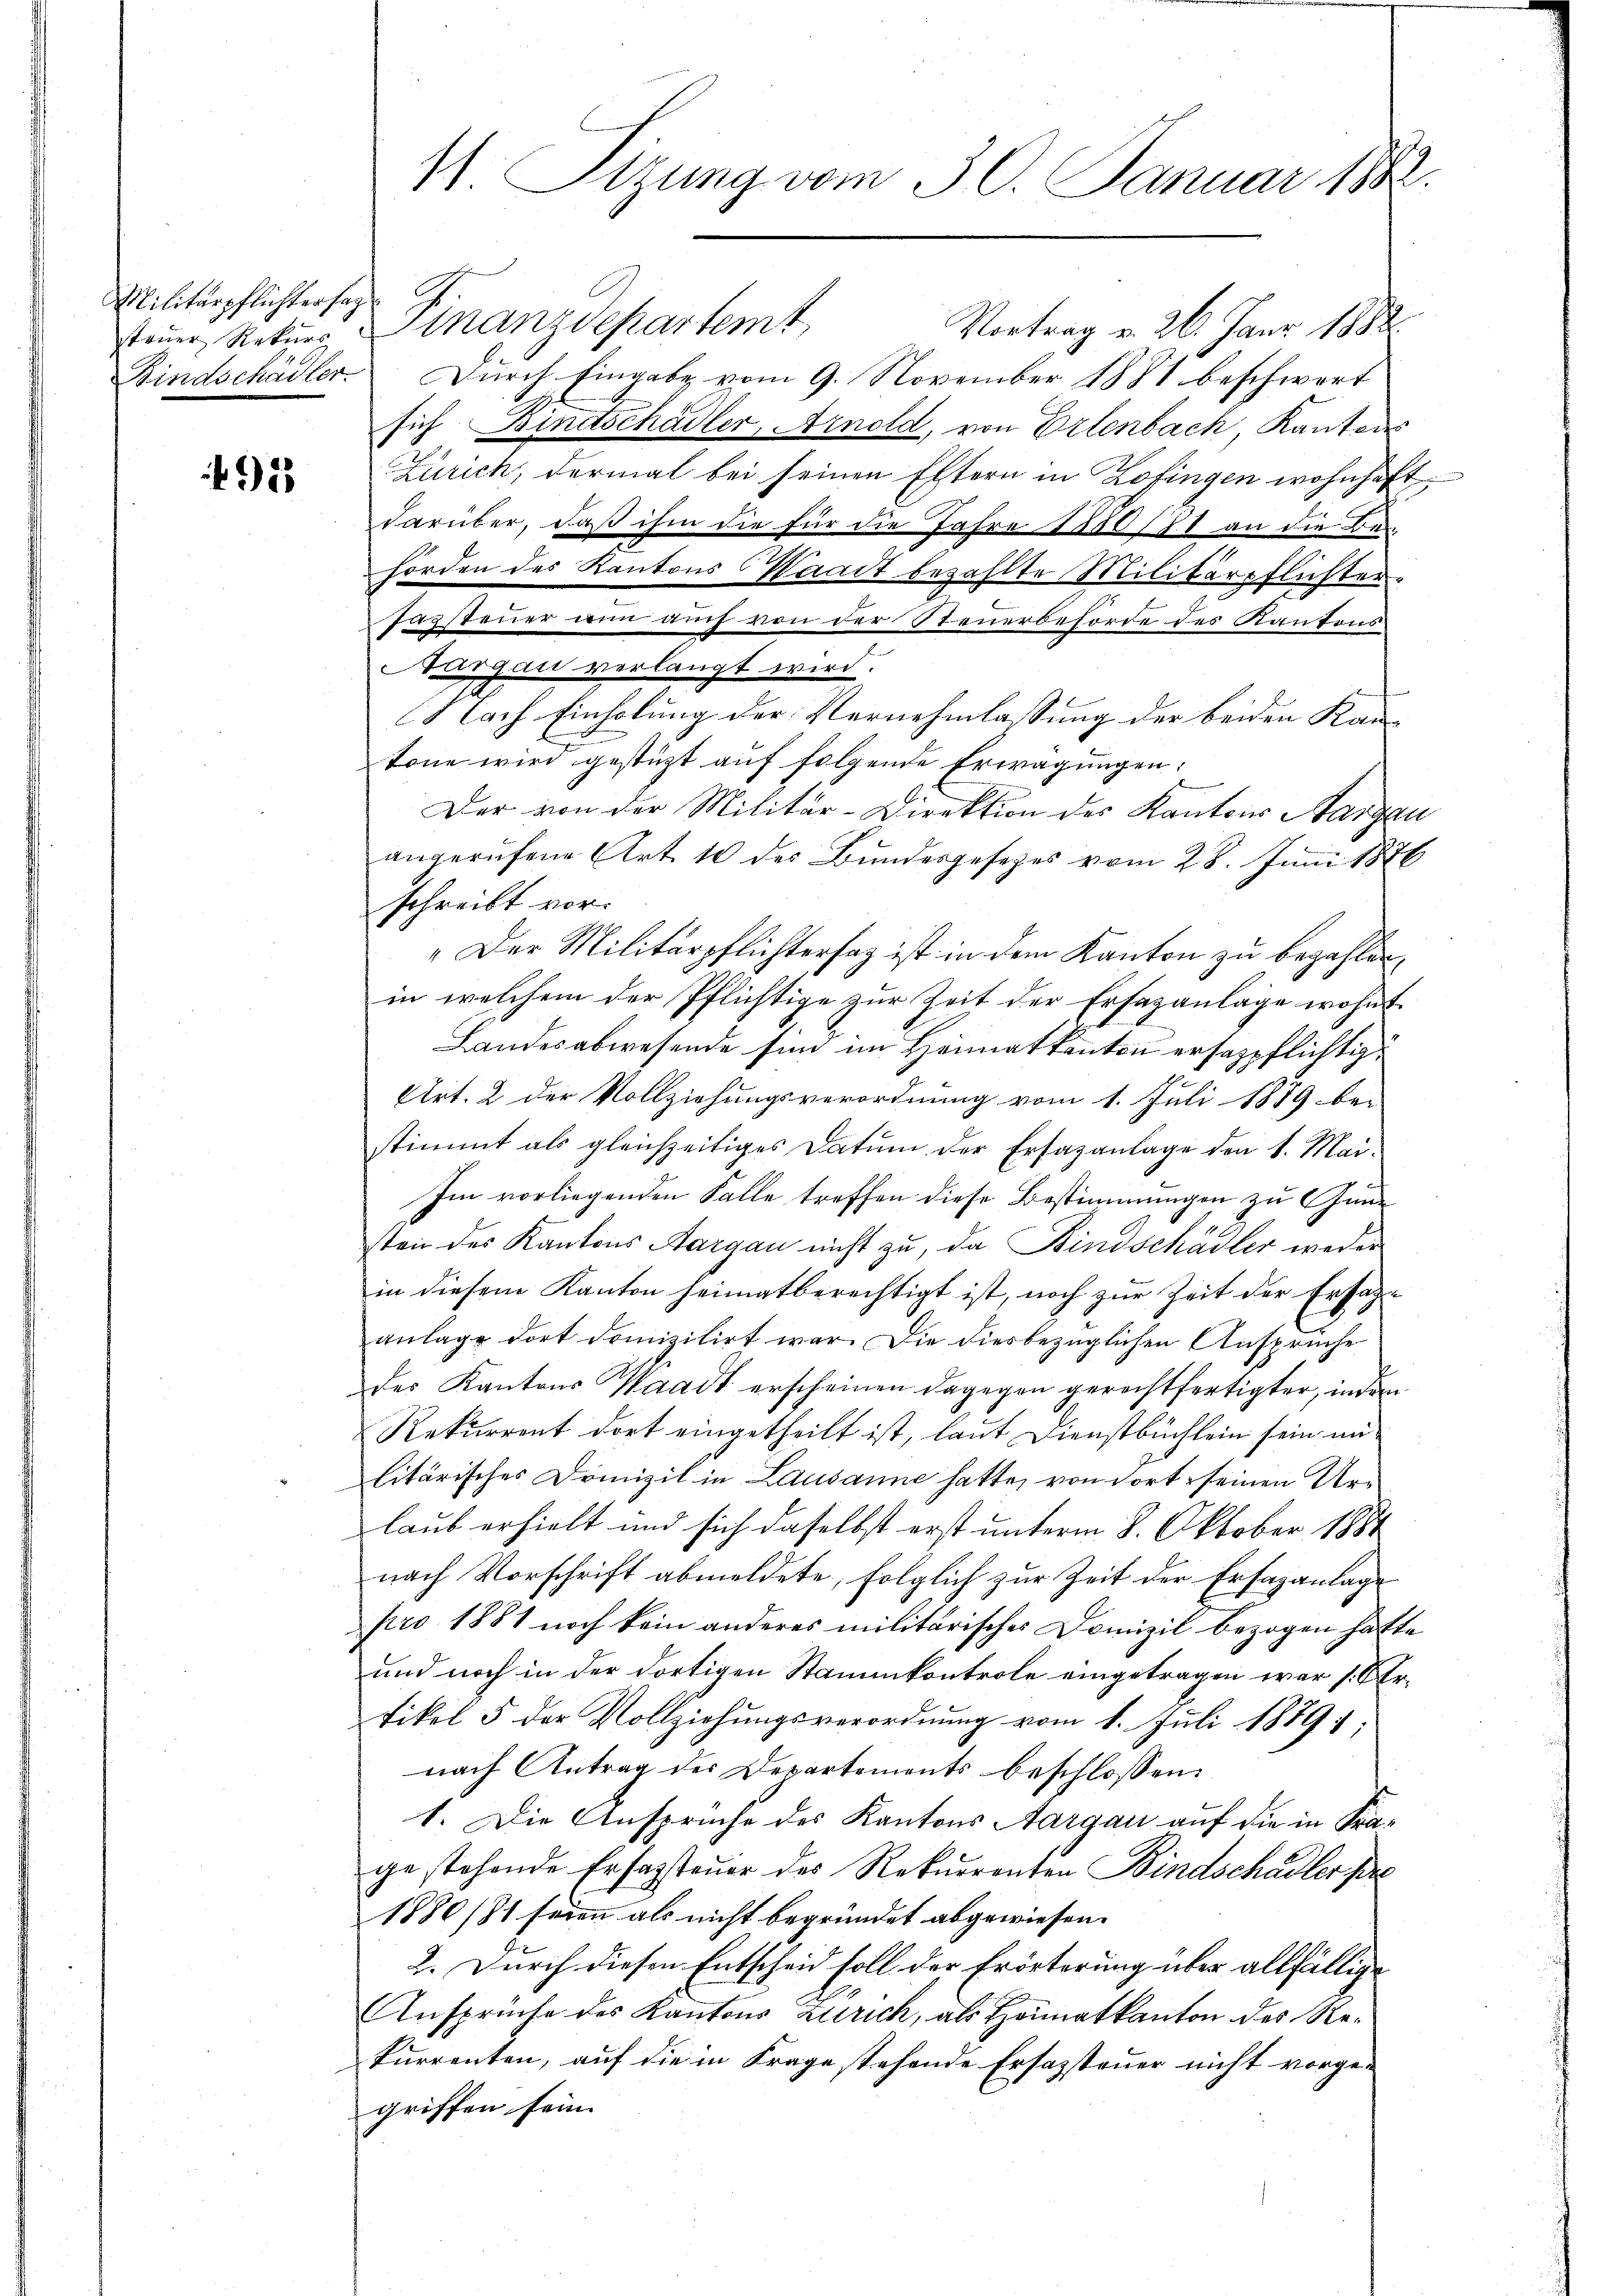
Militärpflichtersag
steuer Rekurs

495

11 Stzung vom 30. Januar 1882.

Finanzdepartemt. Vortrag v. 26. Janr. 1882.
Bindschädler Durch Eingabe vom 9. November 1881 beschwert
sich Bindschädler, Arnold, von Erlenbach, Kantons
Zürich, dermal bei seinen Eltern in Zofingen wohnhaft
darüber, daß ihm die für die Jahre 1880/71 an die Behörden des Kantons Waadt bezahlte Militärpflichter-
Tazsteuer nun auch von der Steuerbehörde des Kantons
Aargau verlangt wird.
Nach Einholung der Vernehmlassung der beiden Kantone wird gestützt auf folgende Erwägungen:
Der von der Militär-Direktion des Kantons Aargau
angerufene Art. 10 des Bundesgesetzes vom 28. Juni 1876
schreibt vor.
„Der Militärpflichtersaz ist in dem Kanton zu bezahlen,
in welchem der Pflichtige zur Zeit der Ersazanlage wohnt
Landesabwesende sind im Heimatkanton ersazpflichtig
Art. 2 der Vollziehungsverordnung vom 1. Juli 1889 be-
stimmt als gleichzeitiges Datum der Ersazanlage den 1. Mai.
Im vorliegenden Falle treffen diese Bestimmungen zu Gun¬
1
sten des Kantons Aargau nicht zu, da Bindschadler weder
in diesem Kanton heimatberechtigt ist, noch zur Zeit der Ersatzanlage dort domizilirt war. Die diesbezüglichen Ansprüche
des Kantons Waadt erscheinen dagegen gerechtfertigter, indern
Rekurrent dort eingetheilt ist, laut Dienstbüchlein sein mi
litärisches Domizil in Lausanne hatte, von dort seinen Urlaub erhielt und sich daselbst erst unterm 8. Oktober 1881
nach Vorschrift abmeldete, folglich zur Zeit der Ersazanlage
pro 1881 noch kein anderes militärisches Domizil bezogen hatte
und noch in der dortigen Stammkontrole eingetragen war s. Sertikel 5 der Vollziehungsverordnung vom 1. Juli 1879;
nach Antrag des Departemonts beschlossen:
1. Die Anspruche des Kantons Aargau auf die in Frage stehende Erfassteuer des Rekurrenten Bindschädler pre
1880/81 seien als nicht begründet abgewiesen.
2. Durch diesen Entscheid soll der Erörterung über allfällige
Ansprüche des Kantons Zürich, als Heimatkanton des Rekurrenten, auf die in Frage stehende Ersazsteuer nicht vorgegriffen sein. |